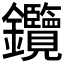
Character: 𨰲